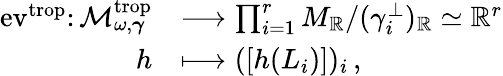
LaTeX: \begin{array}{rl}{\mathrm{ev}^{\mathrm{trop}}\colon{\mathcal{M}}_{\omega,\boldsymbol{\gamma}}^{\mathrm{trop}}}&{\longrightarrow\prod_{i=1}^{r}M_{\mathbb{R}}/(\gamma_{i}^{\perp})_{\mathbb{R}}\simeq\mathbb{R}^{r}}\\ {h}&{\longmapsto([h(L_{i})])_{i}\, ,}\end{array}